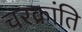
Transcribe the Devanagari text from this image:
चरक्रांति